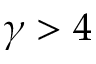
\gamma > 4